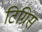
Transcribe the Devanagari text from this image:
टिग्रिस